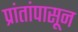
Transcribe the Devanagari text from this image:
प्रांतांपासून